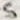
Text: 5